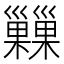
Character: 𢀌